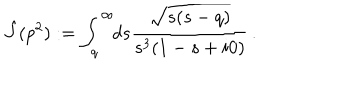
LaTeX: \hat { J } ( p ^ { 2 } ) : = \int _ { q } ^ { \infty } \! \! d s \frac { \sqrt { s ( s - q ) } } { s ^ { 3 } ( 1 - s + i 0 ) } \, .